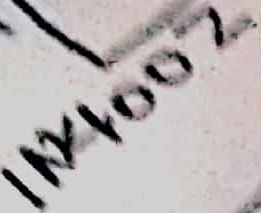
Text: 1N4002